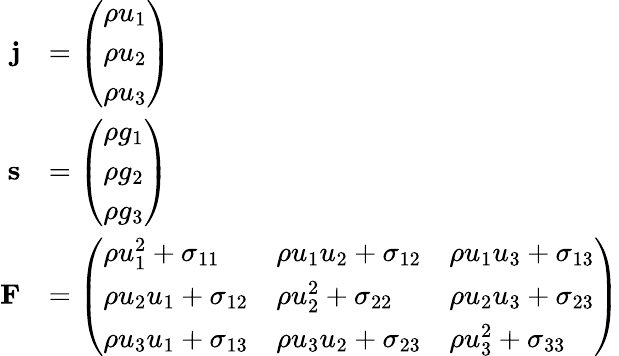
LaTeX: {\begin{array}{rl}{{\mathbf{j}}}&{={\left(\begin{array}{l}{\rho u_{1}}\\ {\rho u_{2}}\\ {\rho u_{3}}\end{array}\right)}}\\ {{\mathbf{s}}}&{={\left(\begin{array}{l}{\rho g_{1}}\\ {\rho g_{2}}\\ {\rho g_{3}}\end{array}\right)}}\\ {{\mathbf{F}}}&{={\left(\begin{array}{lll}{\rho u_{1}^{2}+\sigma_{11}}&{\rho u_{1}u_{2}+\sigma_{12}}&{\rho u_{1}u_{3}+\sigma_{13}}\\ {\rho u_{2}u_{1}+\sigma_{12}}&{\rho u_{2}^{2}+\sigma_{22}}&{\rho u_{2}u_{3}+\sigma_{23}}\\ {\rho u_{3}u_{1}+\sigma_{13}}&{\rho u_{3}u_{2}+\sigma_{23}}&{\rho u_{3}^{2}+\sigma_{33}}\end{array}\right)}}\end{array}}